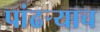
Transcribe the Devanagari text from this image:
पांढऱ्याच